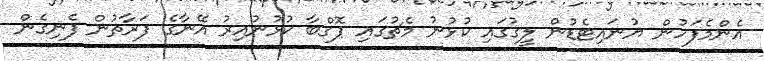
އެންމެފަހުން ޔުނައިޓެޑުން ލީގުގައި ކުޅުނު މެޗުގައި ޕޮގްބާ ކުޅުނުއިރު އޭނާގެ ފަރާތުން ފެނިގެން